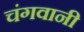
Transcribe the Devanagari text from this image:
चंगवानी